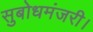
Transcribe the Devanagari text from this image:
सुबोधमंजरी।